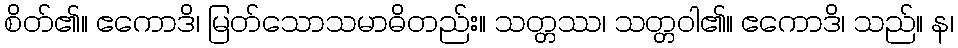
စိတ်၏။ ဧကောဒိ၊ မြတ်သောသမာဓိတည်း။ သတ္တဿ၊ သတ္တဝါ၏။ ဧကောဒိ၊ သည်။ န၊